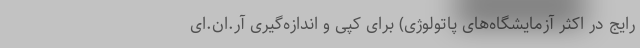
رایج در اکثر آزمایشگاه‌های پاتولوژی) برای کپی و اندازه‌گیری آر.ان.ای